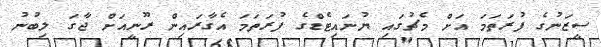
ސީޒަނުގެ ފުރަތަމަ އަށް މެޗުގައި ޔުނައިޓެޑްގެ ފުރަތަމަ އެގާރައިން ރޫނީއަށް ޖާގަ ލިބުނު